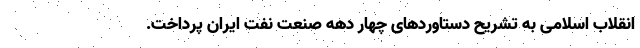
انقلاب اسلامی به تشریح دستاوردهای چهار دهه صنعت نفت ایران پرداخت.